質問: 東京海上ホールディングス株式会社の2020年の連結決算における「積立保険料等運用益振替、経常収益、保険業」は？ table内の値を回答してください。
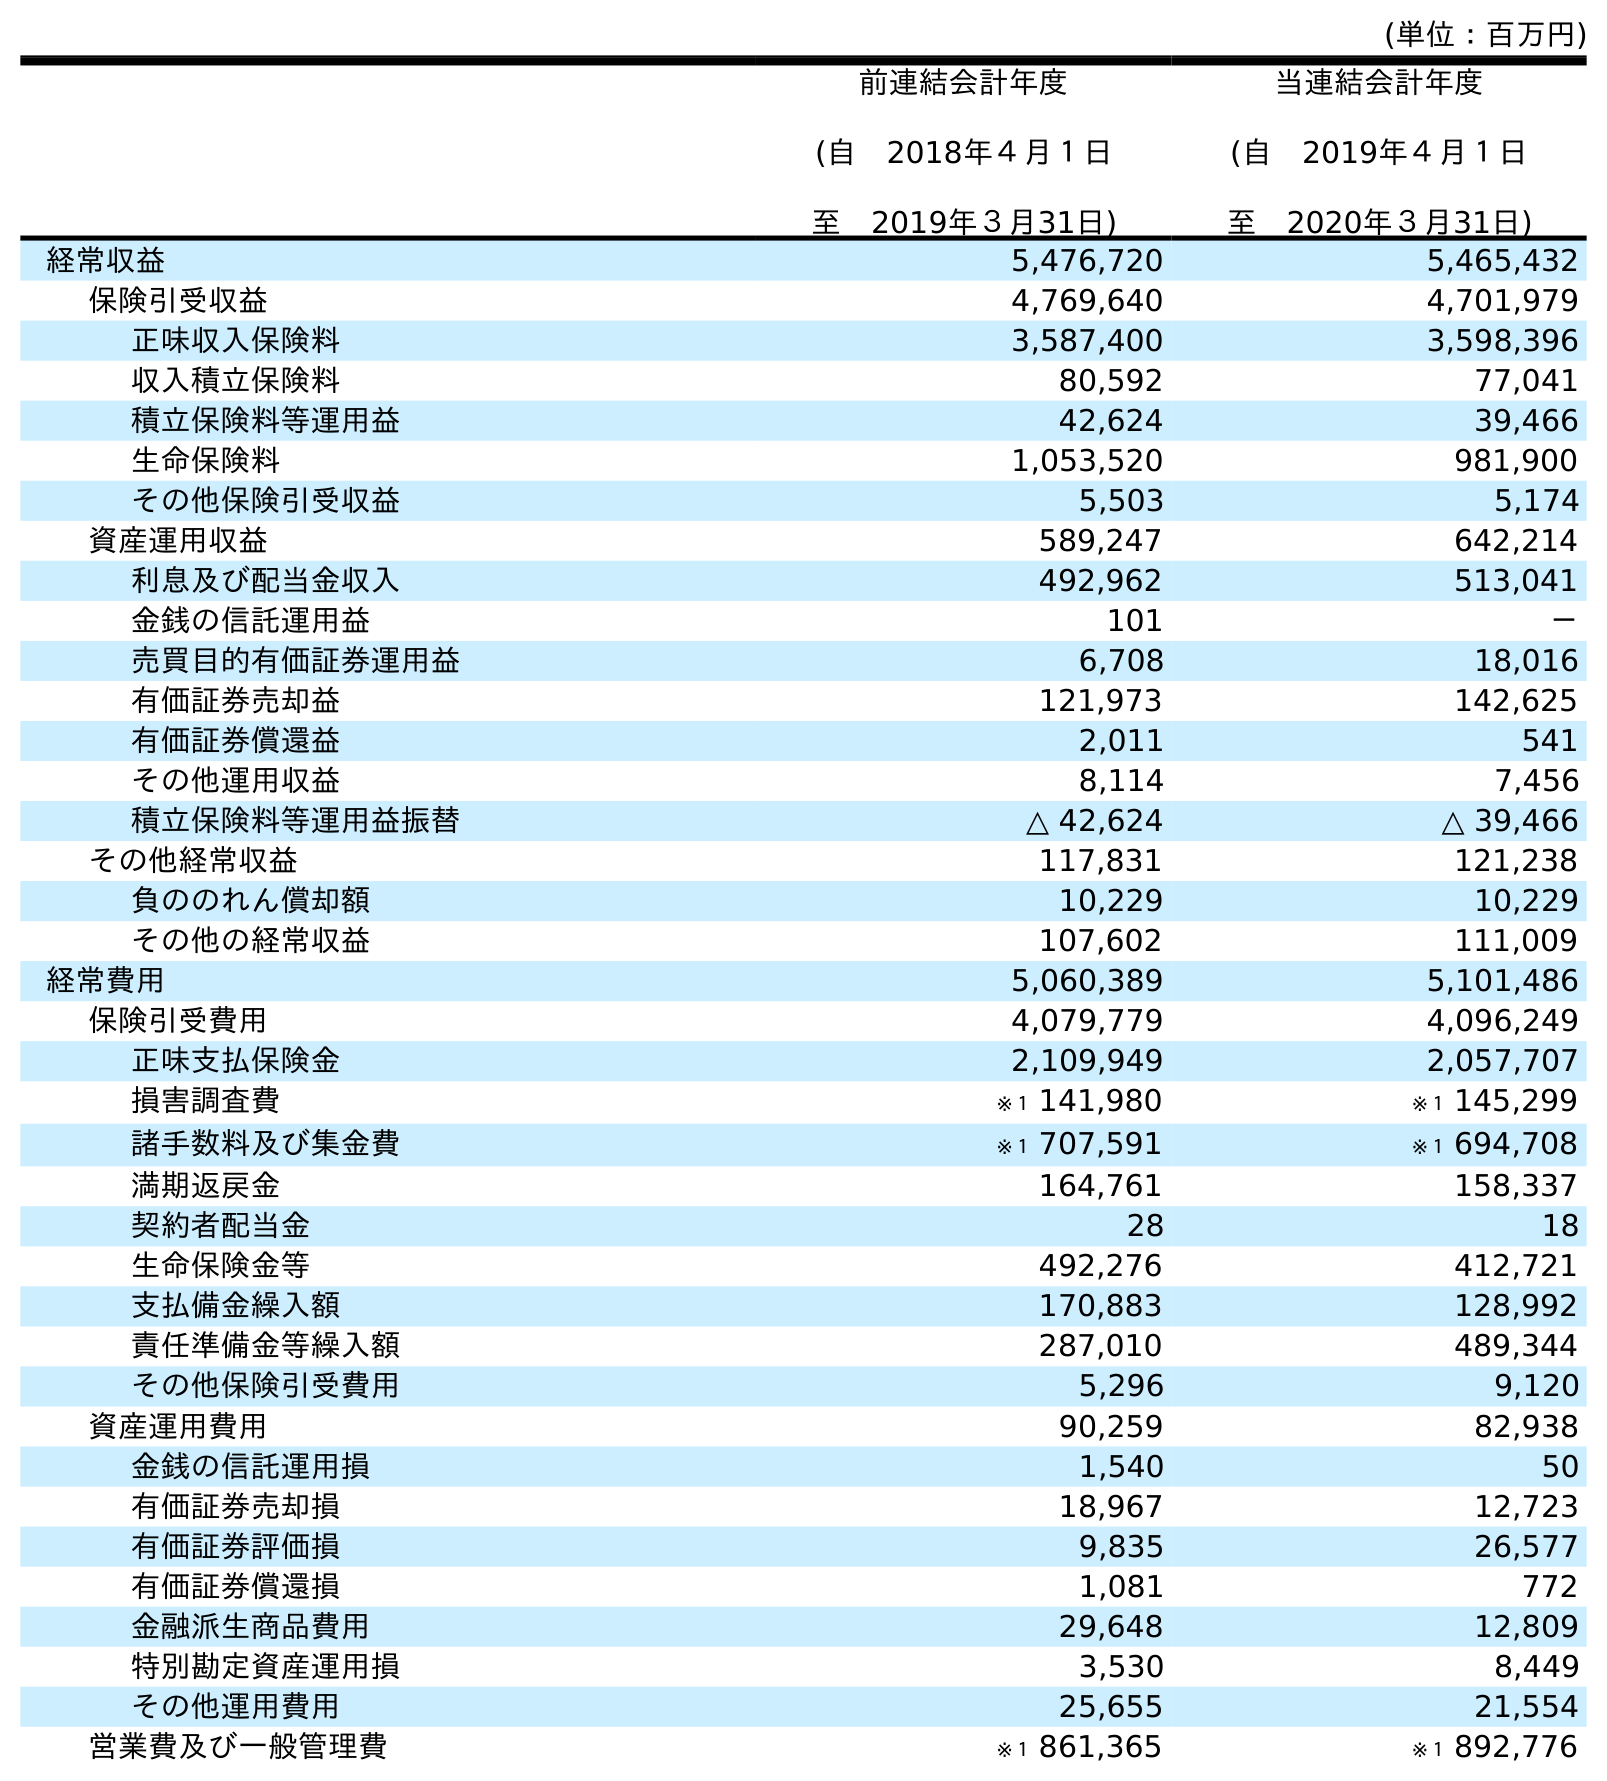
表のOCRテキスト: (単位：百万円) 前連結会計年度 (自 2018年４月１日 至 2019年３月31日) 当連結会計年度 (自 2019年４月１日 至 2020年３月31日) 経常収益 5,476,720 5,465,432 保険引受収益 4,769,640 4,701,979 正味収入保険料 3,587,400 3,598,396 収入積立保険料 80,592 77,041 積立保険料等運用益 42,624 39,466 生命保険料 1,053,520 981,900 その他保険引受収益 5,503 5,174 資産運用収益 589,247 642,214 利息及び配当金収入 492,962 513,041 金銭の信託運用益 101 － 売買目的有価証券運用益 6,708 18,016 有価証券売却益 121,973 142,625 有価証券償還益 2,011 541 その他運用収益 8,114 7,456 積立保険料等運用益振替 △ 42,624 △ 39,466 その他経常収益 117,831 121,238 負ののれん償却額 10,229 10,229 その他の経常収益 107,602 111,009 経常費用 5,060,389 5,101,486 保険引受費用 4,079,779 4,096,249 正味支払保険金 2,109,949 2,057,707 損害調査費 ※１ 141,980 ※１ 145,299 諸手数料及び集金費 ※１ 707,591 ※１ 694,708 満期返戻金 164,761 158,337 契約者配当金 28 18 生命保険金等 492,276 412,721 支払備金繰入額 170,883 128,992 責任準備金等繰入額 287,010 489,344 その他保険引受費用 5,296 9,120 資産運用費用 90,259 82,938 金銭の信託運用損 1,540 50 有価証券売却損 18,967 12,723 有価証券評価損 9,835 26,577 有価証券償還損 1,081 772 金融派生商品費用 29,648 12,809 特別勘定資産運用損 3,530 8,449 その他運用費用 25,655 21,554 営業費及び一般管理費 ※１ 861,365 ※１ 892,776
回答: △39,466